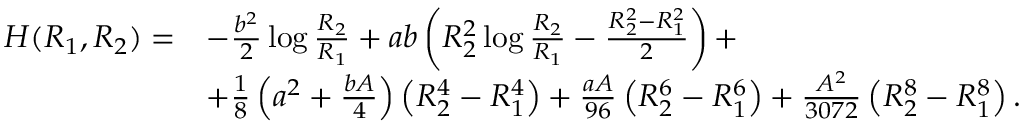
\begin{array} { r l } { H ( R _ { 1 } , R _ { 2 } ) = } & { - \frac { b ^ { 2 } } { 2 } \log \frac { R _ { 2 } } { R _ { 1 } } + a b \left( R _ { 2 } ^ { 2 } \log \frac { R _ { 2 } } { R _ { 1 } } - \frac { R _ { 2 } ^ { 2 } - R _ { 1 } ^ { 2 } } { 2 } \right) + } \\ & { + \frac { 1 } { 8 } \left( a ^ { 2 } + \frac { b A } { 4 } \right) \left( R _ { 2 } ^ { 4 } - R _ { 1 } ^ { 4 } \right) + \frac { a A } { 9 6 } \left( R _ { 2 } ^ { 6 } - R _ { 1 } ^ { 6 } \right) + \frac { A ^ { 2 } } { 3 0 7 2 } \left( R _ { 2 } ^ { 8 } - R _ { 1 } ^ { 8 } \right) . } \end{array}